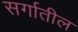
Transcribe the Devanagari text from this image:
सर्गातील